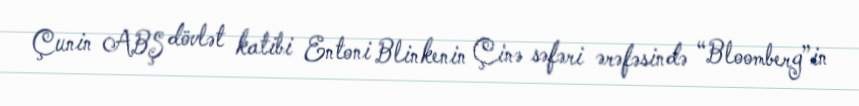
Çunin ABŞ dövlət katibi Entoni Blinkenin Çinə səfəri ərəfəsində “Bloomberg”in